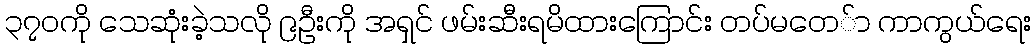
၃၇၀ကို သေဆုံးခဲ့သလို ၉ဦးကို အရှင် ဖမ်းဆီးရမိထားကြောင်း တပ်မတေ်ာ ကာကွယ်ရေး